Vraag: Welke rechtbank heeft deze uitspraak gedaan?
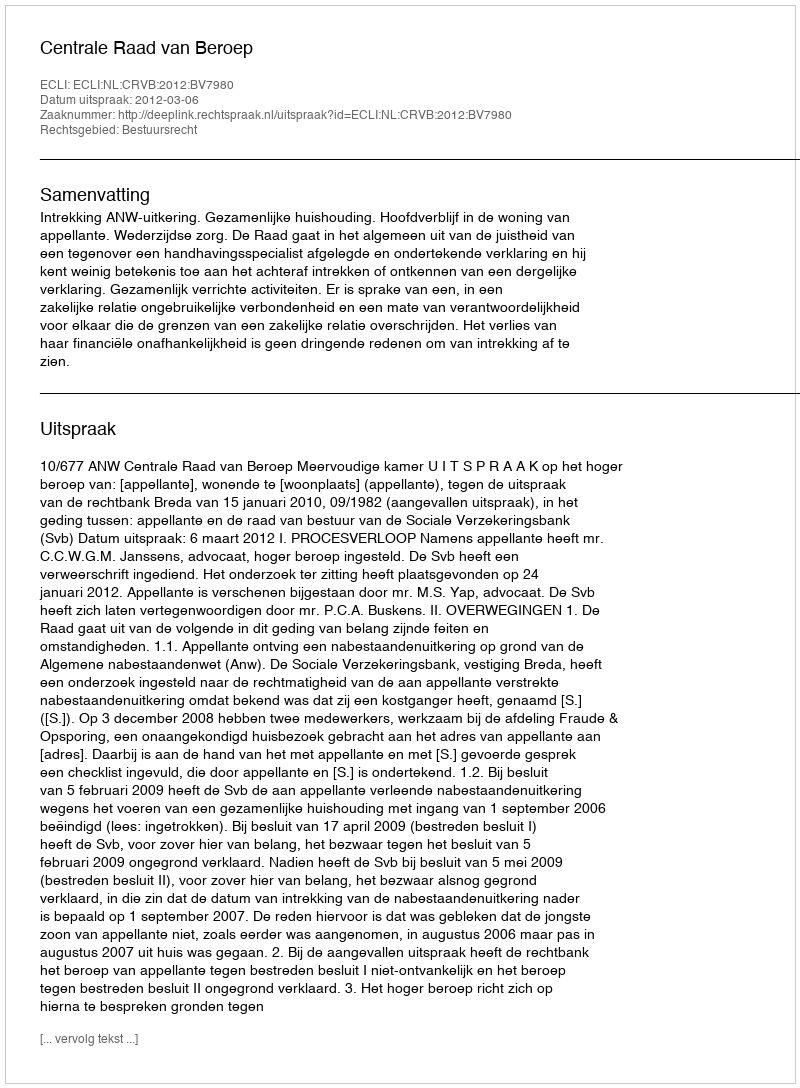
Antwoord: Centrale Raad van Beroep